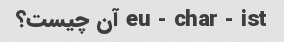
eu - char - ist آن چیست؟